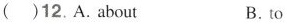
( )12. A. about B. to